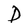
Character: D